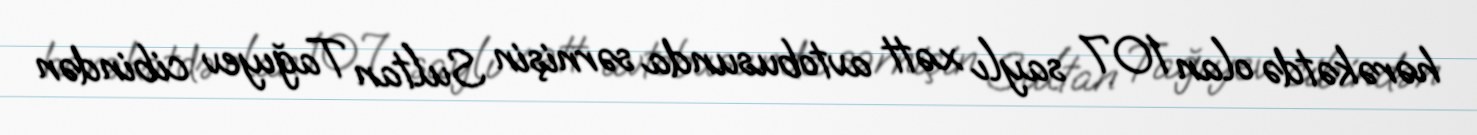
hərəkətdə olan 107 saylı xətt avtobusunda sərnişin Sultan Tağıyev cibindən